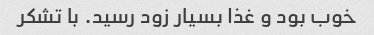
خوب بود و غذا بسیار زود رسید. با تشکر